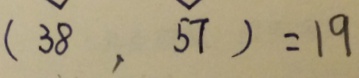
( 3 8 , 5 7 ) = 1 9